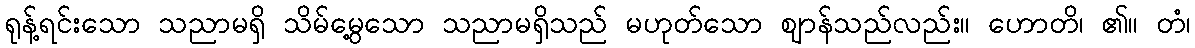
ရုန့်ရင်းသော သညာမရှိ သိမ်မွေ့သော သညာမရှိသည် မဟုတ်သော ဈာန်သည်လည်း။ ဟောတိ၊ ၏။ တံ၊